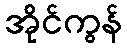
အိုင်ကွန်